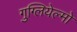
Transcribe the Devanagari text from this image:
गुग्लियेल्मो